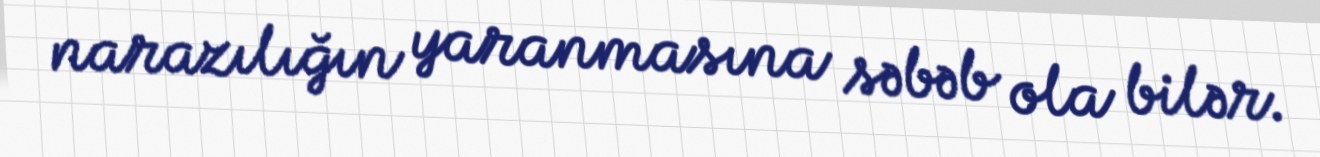
narazılığın yaranmasına səbəb ola bilər.